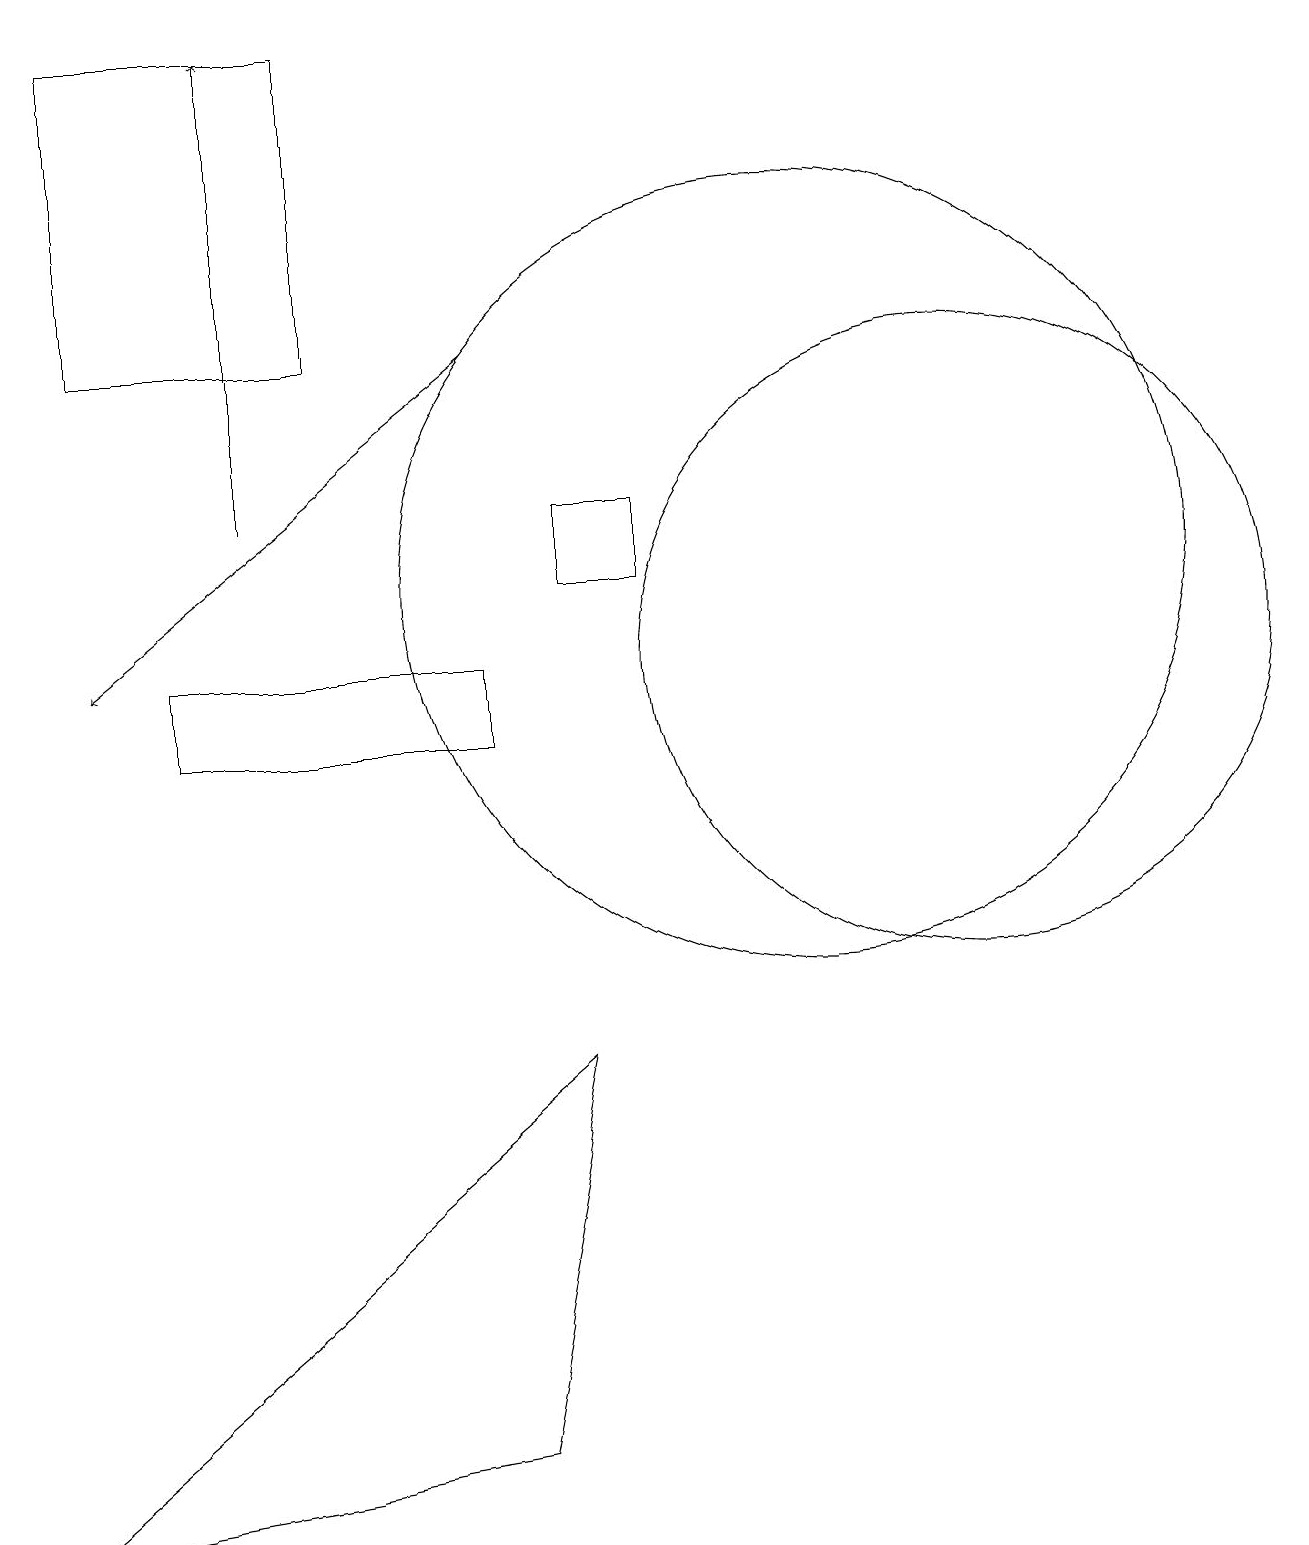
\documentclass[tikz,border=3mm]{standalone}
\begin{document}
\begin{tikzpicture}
\draw (4,15) rectangle (1,19);
\draw (12,11) circle (4);
\draw (10,12) circle (5);
\draw[->] (6,15) -- (1,11);
\draw (6,10) rectangle (2,11);
\draw (0,0) -- (6,1) -- (7,6) -- cycle;
\draw[->] (3,13) -- (3,19);
\draw (7,13) rectangle (8,12);
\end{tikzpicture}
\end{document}